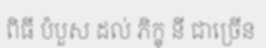
ពិធី បំបួស ដល់ ភិក្ខុ នី ជាច្រើន